Annual statistical returns and brief notes on vaccination in Bengal - 1896-1909
Year: 1896
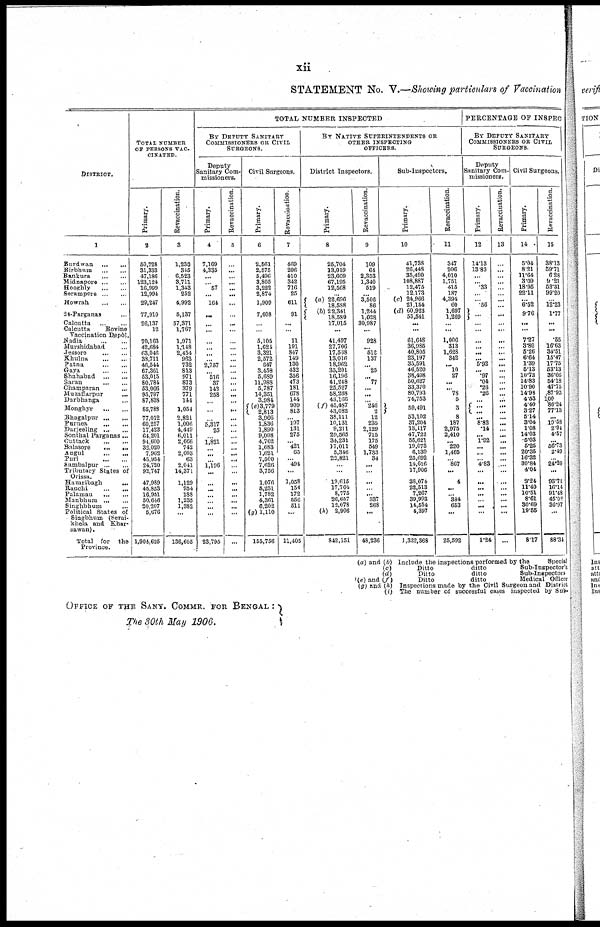
xii
STATEMENT No. V.—Showing particulars of Vaccination
DISTRICT.
1
Burdwan
...
...
Birbhum
...
...
Bankura
...
...
Midnapore
...
...
Hooghly
...
...
Serampore
...
...
Howrah
...
...
24-Parganas ...
Calcutta
...
...
Calcutta
Bovine
Vaccination Depôt.
Nadia
...
...
Murshidabad ...
Jessore
...
...
Khulna
...
...
Patna
...
...
Gaya
...
...
Shahabad
...
...
Saran
...
...
Champaran ...
Muzaffarpur ...
Darbhanga ...
Monghyr
...
...
Bhagalpur
...
...
Purnea
...
...
Darjeeling
...
...
Sonthal Parganas...
Cuttack
...
...
Balasore
...
...
Angul
...
...
Puri
...
...
Sambalpur
...
...
Tributary States of
Orissa.
Hazaribagh
...
Ranchi
...
...
Palamau
...
...
Manbhum
...
...
Singhbhum ...
Political States of
Singbhum (Serai-
khela and Khar-
sawan).
Total for the
Province.
TOTAL NUMBER
OF PERSONS VAC-
CINATED.
Primary.
2
50,728
31,333
47,186
123,124
16,999
12,994
29,247
77,910
26,137
12
70,163
42,684
63,046
38,711
46,544
67,301
53,015
80,784
53,066
95,797
87,838
85,788
77,012
60,257
17,423
64,201
94,600
32,020
7,962
45,954
24,720
92,747
47,989
45,853
16,951
50,646
20,207
5,676
1,904,625
Revaccination.
3
1,230
345
6,523
3,711
1,343
252
4,992
5,137
57,371
1,767
1,971
1,148
2,454
963
732
813
971
873
379
771
144
1,054
2,821
1,006
4,449
6,011
2,666
742
2,603
63
2,041
14,371
1,129
954
188
1,235
1,382
...
136,605
TOTAL NUMBER INSPECTED
BY DEPUTY SANITARY
COMMISSIONERS OR CIVIL
SURGEONS.
Deputy
Sanitary Com-
missioners.
Primary.
4
7,169
4,335
...
... 57
...
164
...
...
...
...
...
...
...
2,757
...
516
37
143
258
...
...
...
5,317
25
...
1,821
...
...
...
1,196
...
...
...
...
...
...
...
23,795
Revaccination.
5
...
...
...
...
...
...
...
...
...
...
...
...
...
...
...
... ...
... ...
...
...
...
...
...
... ...
...
...
...
...
...
...
...
...
...
...
...
...
...
Civil Surgeons.
Primary.
6
2,561
2,575
5,496
3,805
3,222
2,874
1,909
7,608
...
...
5,105
1,624
3,321
2,572
647
3,458
5,689
11,988
5,787
14,351
3,984
(e)3,779
2,813
3,966
1,836
1,890
9,008
4,762
1,683
1,621
7,500
7,626
3,756
1,076
5,231
1,782
4,361
6,202
(g) 1,110
155,756
Revaccination.
7
469
206
410
342
716
25
611
91
...
...
11
191
847
149
130
432
356
473
181
678
144
909
813
...
197
131
275
... 421
65
...
494
...
1,058
154
172
556
511
...
11,405
BY NATIVE SUPERINTENDENTS OR
OTHER INSPECTING
OFFICERS.
District Inspectors.
Primary.
8
25,704
13,019
23,609
67,195
12,568
...
(a) 22,696
18,588
(b) 22,341
18,589
17,015
...
41,497
27,706
17,568
13,016
18,962
35,201
16,196
41,248
25,527
58,268
43,166
(f)45,487
43,082
38,111
10,131
9,211
29,565
34,231
17,011
5,346
22,821
...
...
19,615
17,704
8,775
26,657
12,078
(h) 2,906
842,151
Revaccination.
9
109
64
2,353
1,340
519
...
3,506
86
1,244
1,028
30,987
...
928
...
512
137
...
25
...
77
...
...
... 246
2
12
235
2,129
715
175
549
1,733
34
...
...
...
...
... 337
268
...
48,236
Sub-Inspectors.
Primary.
10
41,738
26,448
35,490
108,887
12,475
12,173
(c) 24,966
21,154
(d) 60,923
55,541
...
...
61,648
36,985
40,805
23,197
35,591
46,520
38,498
50,627
33,370
80,793
74,753
59,491
53,102
37,204
13,117
47,722
55,621
19,073
6,139
25,692
14,616
17,906
38,074
22,513
7,267
39,993
14,554
4,397
1,322,368
Revaccination.
11
347
206
4,010
1,751
415
187
4,394
60
1,697
1,269
...
...
1,006
313
1,628
342
... 10
27
...
...
78
5
3
8
187
2,975
2,410
...
220
1,465
...
867
...
4
...
... 384
653
...
25,592
PERCENTAGE OF INSPEC
BY DEPUTY SANITARY
COMMISSIONERS OR CIVIL
SURGEONS.
Deputy
Sanitary Com-
missioners.
Primary.
12
14.13
13.83
... ...
.33
...
... .56
...
...
...
...
...
...
... 5.92
... .97
.04
.26
.26
...
...
...
...
8.82
.14
... 1.92
...
...
...
4.83
...
...
...
...
...
...
...
1.24
Revaccination.
13
...
...
... ...
...
...
...
...
...
...
...
...
...
...
...
...
...
...
...
...
...
...
...
...
...
...
... ...
...
...
...
...
...
...
...
...
...
...
...
...
...
Civil Surgeons.
Primary.
14
5.04
8.21
11.64
3.09
18.95
22.11
... 6.52
9.76
...
...
7.27
3.80
5.26
6.64
1.39
5.13
10.73
14.83
10.90
14.98
4.53
4.40
3.27
5.14
3.04
1.08
14.03
5.03
5.26
20.35
16.32
30.84
4.04
3.24
11.40
10.51
8.61
30.69
19.55
8.17
Revaccination.
15
38.13
59.71
6.28
9.21
53.31
99.20
...
12.23
1.77
...
...
.55
16.63
34.51
15.47
17.75
53.13
36.66
54.18
47.75
87.93
100
86.24
77.13
...
19.58
2.94
4.57
...
56.73
2.49
...
24.20
...
93.71
16.14
91.48
45.00
36.97
...
88.34
(a) and (b) Include the inspections performed by the
Special
(c)
Ditto
ditto
Sub-Inspector's
(d)
Ditto
ditto
Sub-Inspectors
(e) and (f)
Ditto
ditto
Medical Officer
(g) and (h) Inspections made by the Civil Surgeon and District
(i) The number of successful cases inspected by Sub.
OFFICE OF THE SANY. COMMR. FOR BENGAL :
The 30th May 1906.